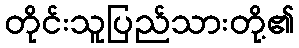
တိုင်းသူပြည်သားတို့၏